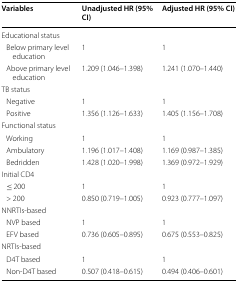
<table><thead><tr><td><b>Variables</b></td><td><b>Unadjusted HR (95% CI)</b></td><td><b>Adjusted HR (95% CI)</b></td></tr></thead><tbody><tr><td colspan="3">Educational status</td></tr><tr><td> Below primary level education</td><td>1</td><td>1</td></tr><tr><td> Above primary level education</td><td>1.209 (1.046–1.398)</td><td>1.241 (1.070–1.440)</td></tr><tr><td colspan="3">TB status</td></tr><tr><td> Negative</td><td>1</td><td>1</td></tr><tr><td> Positive</td><td>1.356 (1.126–1.633)</td><td>1.405 (1.156–1.708)</td></tr><tr><td colspan="3">Functional status</td></tr><tr><td> Working</td><td>1</td><td>1</td></tr><tr><td> Ambulatory</td><td>1.196 (1.017–1.408)</td><td>1.169 (0.987–1.385)</td></tr><tr><td> Bedridden</td><td>1.428 (1.020–1.998)</td><td>1.369 (0.972–1.929)</td></tr><tr><td colspan="3">Initial CD4</td></tr><tr><td> ≤ 200</td><td>1</td><td>1</td></tr><tr><td> &gt; 200</td><td>0.850 (0.719–1.005)</td><td>0.923 (0.777–1.097)</td></tr><tr><td colspan="3">NNRTIs-based</td></tr><tr><td> NVP based</td><td>1</td><td>1</td></tr><tr><td> EFV based</td><td>0.736 (0.605–0.895)</td><td>0.675 (0.553–0.825)</td></tr><tr><td colspan="3">NRTIs-based</td></tr><tr><td> D4T based</td><td>1</td><td>1</td></tr><tr><td> Non-D4T based</td><td>0.507 (0.418–0.615)</td><td>0.494 (0.406–0.601)</td></tr></tbody></table>